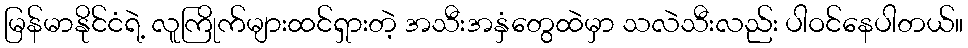
မြန်မာနိုင်ငံရဲ့ လူကြိုက်များထင်ရှားတဲ့ အသီးအနှံတွေထဲမှာ သလဲသီးလည်း ပါဝင်နေပါတယ်။